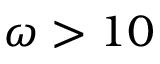
\omega > 1 0